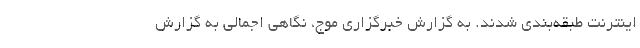
اینترنت طبقه‌بندی شدند. به گزارش خبرگزاری موج، نگاهی اجمالی به گزارش